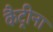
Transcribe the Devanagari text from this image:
कैट्रीना